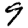
Digit: 9